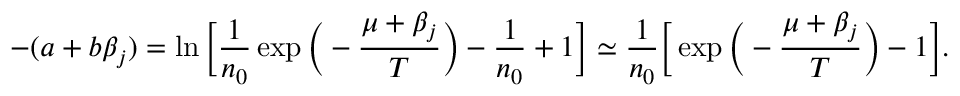
- ( a + b \beta _ { j } ) = \ln { \Big [ \frac { 1 } { n _ { 0 } } \exp { \Big ( - \frac { \mu + \beta _ { j } } { T } \Big ) } - \frac { 1 } { n _ { 0 } } + 1 \Big ] } \simeq \frac { 1 } { n _ { 0 } } \Big [ \exp { \Big ( - \frac { \mu + \beta _ { j } } { T } \Big ) } - 1 \Big ] .